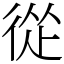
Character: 從